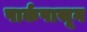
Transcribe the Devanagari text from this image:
पार्कपासून